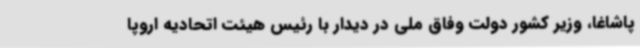
پاشاغا، وزیر کشور دولت وفاق ملی در دیدار با رئیس هیئت اتحادیه اروپا